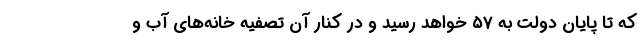
که تا پایان دولت به ۵۷ خواهد رسید و در کنار آن تصفیه خانه‌های آب و